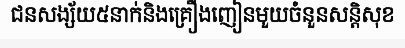
ជនសង្ស័យ៥នាក់និងគ្រឿងញៀនមួយចំនួនសន្តិសុខ